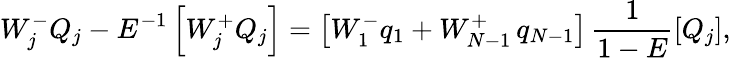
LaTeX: W_{j}^{-}Q_{j}-E^{-1}\left[W_{j}^{+}Q_{j}\right]=\left[W_{1}^{-}q_{1}+W_{N-1}^{+}\thinspace q_{N-1}\right]\thinspace\frac{1}{1-E}\left[Q_{j}\right],